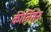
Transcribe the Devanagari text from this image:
कीर्तिसेन